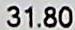
31.80